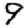
Digit: 9